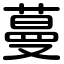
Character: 蔓